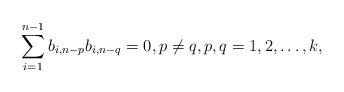
LaTeX: \begin{align*}\sum_{i=1}^{n-1} b_{i,n-p}b_{i,n-q}=0, p\not=q, p,q=1,2,\ldots,k,\end{align*}